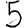
Digit: 5